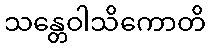
သန္တေဝါသိကောတိ